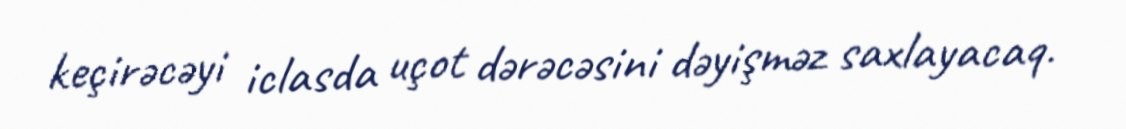
keçirəcəyi iclasda uçot dərəcəsini dəyişməz saxlayacaq.